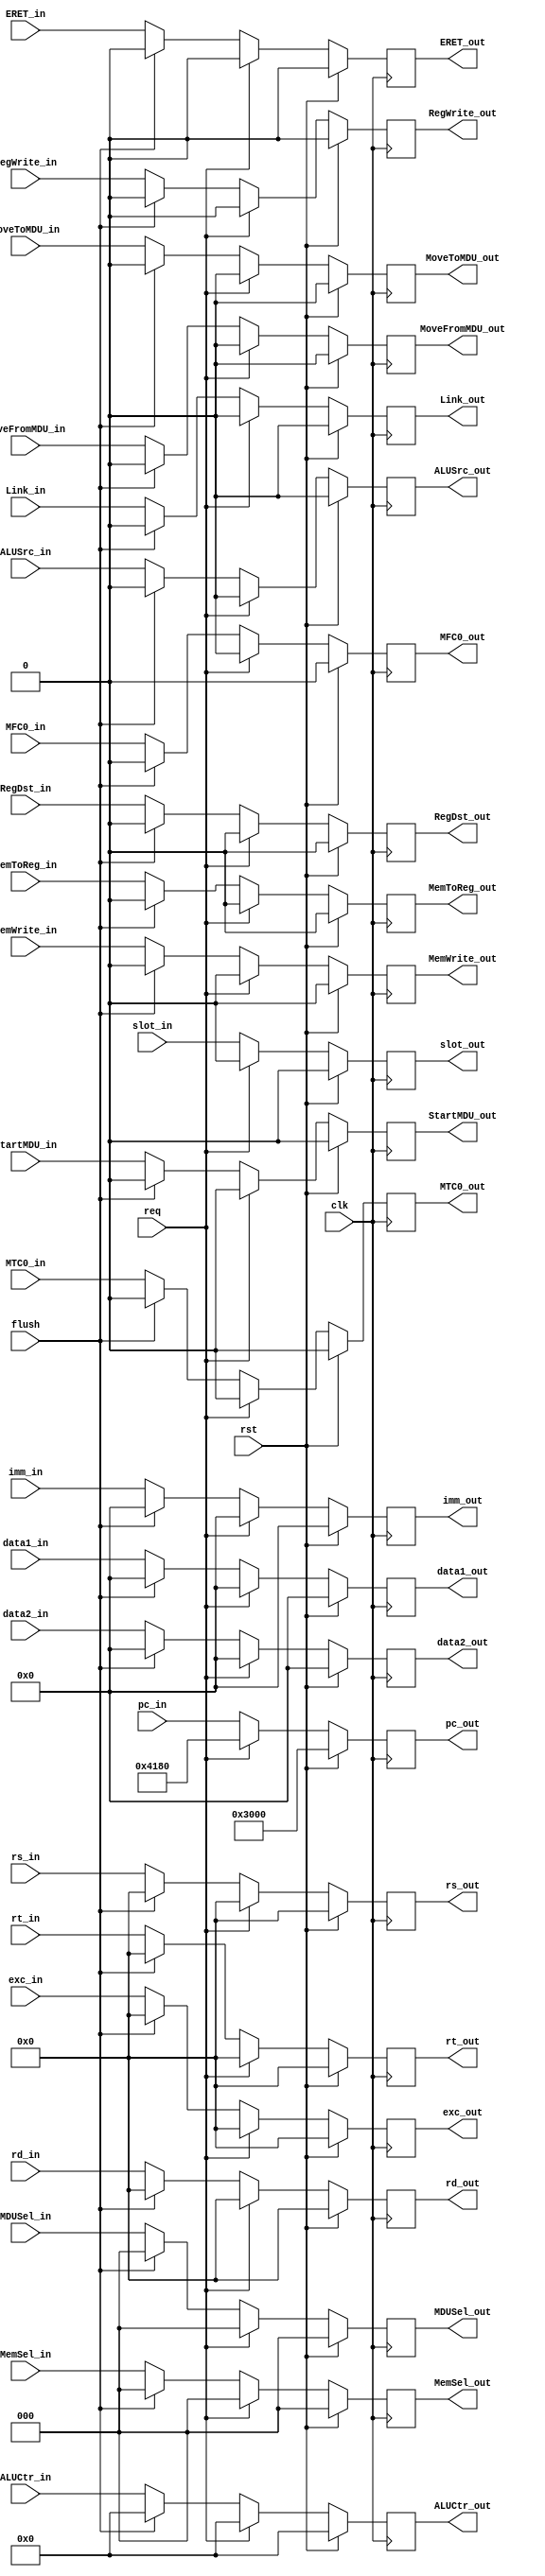
`timescale 1ns / 1ps

module StageE(
    input clk,
    input rst, // ! Sync reset
    input flush,
    input req,
    input RegWrite_in,
    input MemWrite_in,
    input RegDst_in,
    input MemToReg_in,
    input [3:0] ALUCtr_in,
    input ALUSrc_in,
    input Link_in,
    input [31:0] data1_in,
    input [31:0] data2_in,
    input [4:0] rs_in,
    input [4:0] rt_in,
    input [4:0] rd_in,
    input [31:0] imm_in,
    input [31:0] pc_in,
    input MoveFromMDU_in,
    input MoveToMDU_in,
    input StartMDU_in,
    input [2:0] MDUSel_in,
    input [2:0] MemSel_in,
    output reg RegWrite_out,
    output reg MemWrite_out,
    output reg RegDst_out,
    output reg MemToReg_out,
    output reg [3:0] ALUCtr_out,
    output reg ALUSrc_out,
    output reg Link_out,
    output reg [31:0] data1_out,
    output reg [31:0] data2_out,
    output reg [4:0] rs_out,
    output reg [4:0] rt_out,
    output reg [4:0] rd_out,
    output reg [31:0] imm_out,
    output reg [31:0] pc_out,
    output reg MoveFromMDU_out,
    output reg MoveToMDU_out,
    output reg StartMDU_out,
    output reg [2:0] MDUSel_out,
    output reg [2:0] MemSel_out,
    input MFC0_in,
    input MTC0_in,
    input ERET_in,
    input [4:0] exc_in,
    input slot_in,
    output reg MFC0_out,
    output reg MTC0_out,
    output reg ERET_out,
    output reg [4:0] exc_out,
    output reg slot_out
    );

    always@(posedge clk) begin
        if(rst) begin
            RegWrite_out <= 0;
            MemWrite_out <= 0;
            RegDst_out <= 0;
            MemToReg_out <= 0;
            ALUCtr_out <= 0;
            ALUSrc_out <= 0;
            Link_out <= 0;
            data1_out <= 0;
            data2_out <= 0;
            rs_out <= 0;
            rt_out <= 0;
            rd_out <= 0;
            imm_out <= 0;
            pc_out <= 32'h0000_3000;
            MoveFromMDU_out <= 0;
            MoveToMDU_out <= 0;
            StartMDU_out <= 0;
            MDUSel_out <= 0;
            MemSel_out <= 0;
            MFC0_out <= 0;
            MTC0_out <= 0;
            ERET_out <= 0;
            exc_out <= 0;
            slot_out <= 0;
        end else if(req) begin
            RegWrite_out <= 0;
            MemWrite_out <= 0;
            RegDst_out <= 0;
            MemToReg_out <= 0;
            ALUCtr_out <= 0;
            ALUSrc_out <= 0;
            Link_out <= 0;
            data1_out <= 0;
            data2_out <= 0;
            rs_out <= 0;
            rt_out <= 0;
            rd_out <= 0;
            imm_out <= 0;
            pc_out <= 32'h0000_4180;
            MoveFromMDU_out <= 0;
            MoveToMDU_out <= 0;
            StartMDU_out <= 0;
            MDUSel_out <= 0;
            MemSel_out <= 0;
            MFC0_out <= 0;
            MTC0_out <= 0;
            ERET_out <= 0;
            exc_out <= 0;
            slot_out <= 0;
        end else if(flush) begin
            RegWrite_out <= 0;
            MemWrite_out <= 0;
            RegDst_out <= 0;
            MemToReg_out <= 0;
            ALUCtr_out <= 0;
            ALUSrc_out <= 0;
            Link_out <= 0;
            data1_out <= 0;
            data2_out <= 0;
            rs_out <= 0;
            rt_out <= 0;
            rd_out <= 0;
            imm_out <= 0;
            MoveFromMDU_out <= 0;
            MoveToMDU_out <= 0;
            StartMDU_out <= 0;
            MDUSel_out <= 0;
            MemSel_out <= 0;
            MFC0_out <= 0;
            MTC0_out <= 0;
            ERET_out <= 0;
            exc_out <= 0; //or exc_in
            pc_out <= pc_in;
            slot_out <= slot_in;
        end else begin
            RegWrite_out <= RegWrite_in;
            MemWrite_out <= MemWrite_in;
            RegDst_out <= RegDst_in;
            MemToReg_out <= MemToReg_in;
            ALUCtr_out <= ALUCtr_in;
            ALUSrc_out <= ALUSrc_in;
            Link_out <= Link_in;
            data1_out <= data1_in;
            data2_out <= data2_in;
            rs_out <= rs_in;
            rt_out <= rt_in;
            rd_out <= rd_in;
            imm_out <= imm_in;
            pc_out <= pc_in;
            MoveFromMDU_out <= MoveFromMDU_in;
            MoveToMDU_out <= MoveToMDU_in;
            StartMDU_out <= StartMDU_in;
            MDUSel_out <= MDUSel_in;
            MemSel_out <= MemSel_in;
            MFC0_out <= MFC0_in;
            MTC0_out <= MTC0_in;
            ERET_out <= ERET_in;
            exc_out <= exc_in;
            slot_out <= slot_in;
        end
    end

endmodule